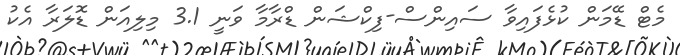
މެޓް ޑޭމަން ކުޅެފައިވާ ސައިންސް-ފިކްޝަން ޑްރާމާ ވަނީ 3.1 މިލިއަން ޑޮލަރާ އެކު